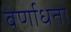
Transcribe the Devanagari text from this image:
वर्णाधता